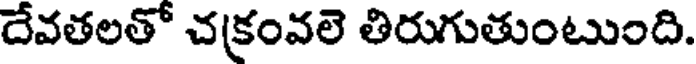
దేవతలతో చక్రంవలె తిరుగుతుంటుంది.